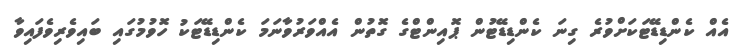
އެއް ކެންޑިޑޭޓަކަށްވުރެ ގިނަ ކެންޑިޑޭޓުން ޕޮއިންޓްގެ ގޮތުން އެއްވަރުވާނަމަ ކެންޑިޑޭޓަކު ހޮވުމުގައި ބައިވެރިވެފައިވާ